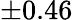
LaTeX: \pm 0.46